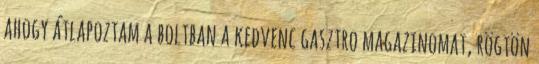
ahogy átlapoztam a boltban a kedvenc gasztro magazinomat, rögtön